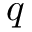
q